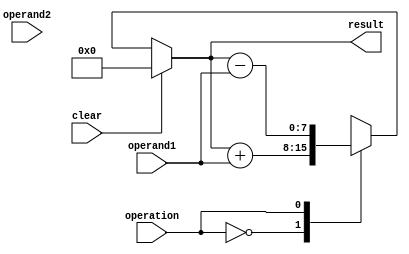
module accumulator (
    input wire clear,
    input wire operation,
    input wire [7:0] operand1,
    input wire [7:0] operand2,
    output wire [7:0] result
);

reg [7:0] accumulator;

always @(*) begin
    if (clear)
        accumulator <= 8'b0;
    else begin
        case(operation)
            0: accumulator <= accumulator + operand1; // Addition
            1: accumulator <= accumulator - operand1; // Subtraction
        endcase
    end
end

assign result = accumulator;

endmodule